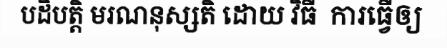
បដិបត្តិ មរណនុស្សតិ ដោយ វិធី  ការធ្វើឲ្យ